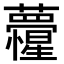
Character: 𮓏